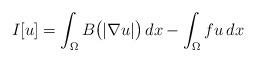
LaTeX: \begin{align*}I[u]= \int_\Omega B\big(|\nabla u|\big) \,dx - \int_\Omega f u \, dx\end{align*}